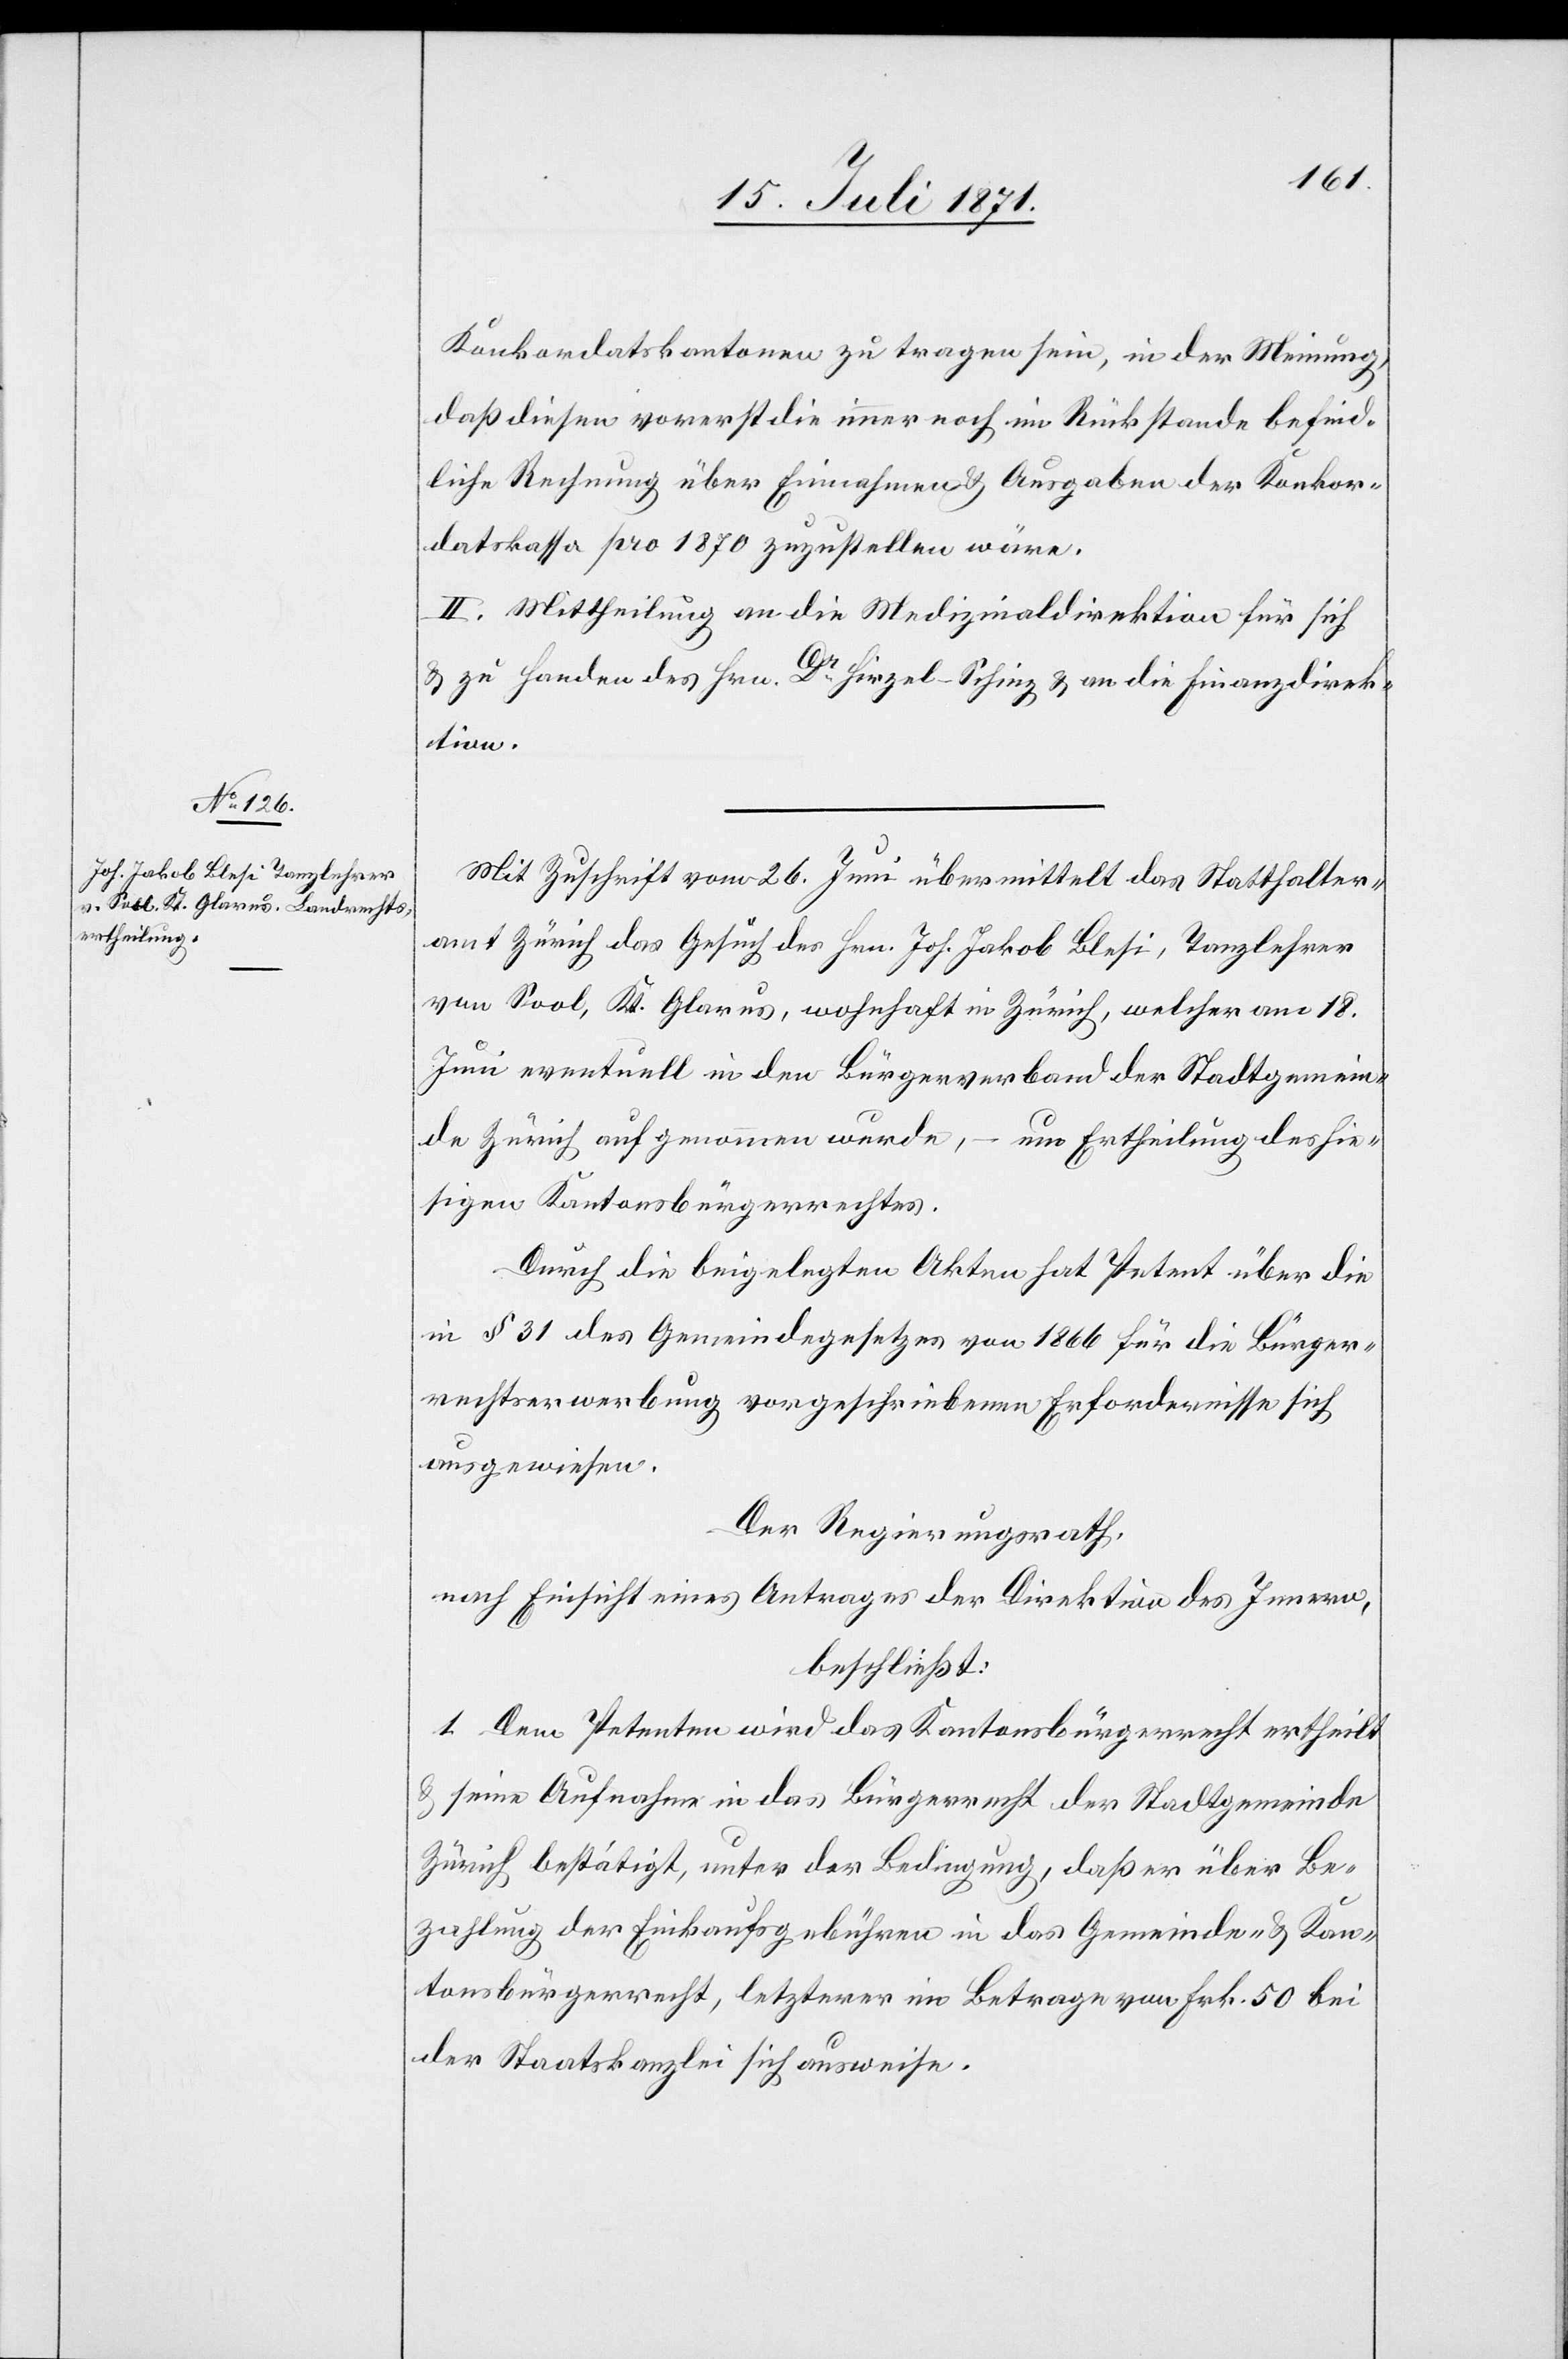
Konkordatskantonen zu tragen sein, in der Meinung,
daß diesen vorerst die immer noch im Rückstande befind¬
liche Rechnung über Einnahmen u. Ausgaben der Konkor¬
datskassa pro 1870 zuzustellen wäre.
II. Mittheilung an die Medizinaldirektion für sich
u. zu Handen des Hrn. Dr. Hirzel-Schinz u. an die Finanzdirek¬
tion.
Mit Zuschrift vom 26. Juni übermittelt das Statthalter¬
amt Zürich das Gesuch des Hrn. Joh. Jakob Blesi, Tanzlehrer
von Sool, Kt. Glarus, wohnhaft in Zürich, welcher am 18.
Juni eventuell in den Bürgerverband der Stadtgemein¬
de Zürich aufgenommen wurde,
um Ertheilung des hie¬
sigen Kantonsbürgerrechtes.
Durch die beigelegten Akten hat Petent über die
in § 31 des Gemeindegesetzes von 1866 für die Bürger¬
rechtserwerbung vorgeschriebenen Erfordernisse sich
ausgewiesen.
Der Regierungsrath,
nach Einsicht eines Antrages der Direktion des Innern,
beschließt:
1. Dem Petenten wird das Kantonsbürgerrecht ertheilt
u. seine Aufnahme in das Bürgerrecht der Stadtgemeinde
Zürich bestätigt, unter der Bedingung, daß er über Be¬
zahlung der Einkaufsgebühren in das Gemeinde- u. Kan¬
tonsbürgerrecht, letzerer im Betrage von Frk. 50 bei
der Staatskanzlei sich ausweise.